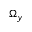
\Omega _ { y }